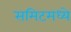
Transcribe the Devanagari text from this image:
समिटमध्ये